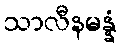
သာလီနမန္နံ